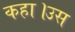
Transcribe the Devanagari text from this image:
कहा।उस